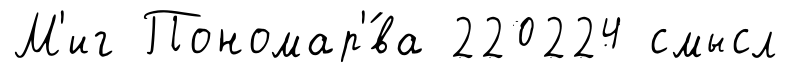
М'иг Пономар'́ва 220224 смысл